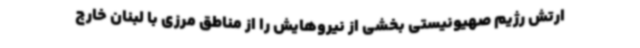
ارتش رژیم صهیونیستی بخشی از نیروهایش را از مناطق مرزی با لبنان خارج